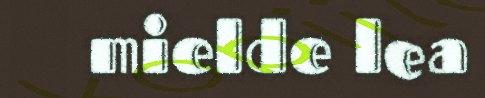
mielde lea